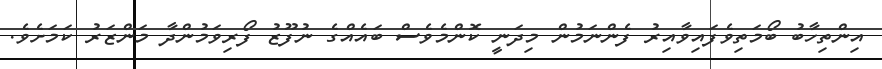
އިންތިހާބު ބޯމަތިވެފައިވާއިރު ފެންނަމުން މިދަނީ ކޮންމެވެސް ބައެއްގެ ނުފޫޒު ފޯރިވަމުންދާ މަންޒަރު ކަމަށެވެ.